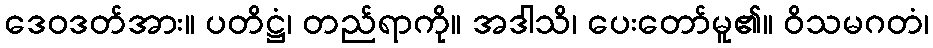
ဒေဝဒတ်အား။ ပတိဋ္ဌံ၊ တည်ရာကို။ အဒါသိ၊ ပေးတော်မူ၏။ ဝိသမဂတံ၊